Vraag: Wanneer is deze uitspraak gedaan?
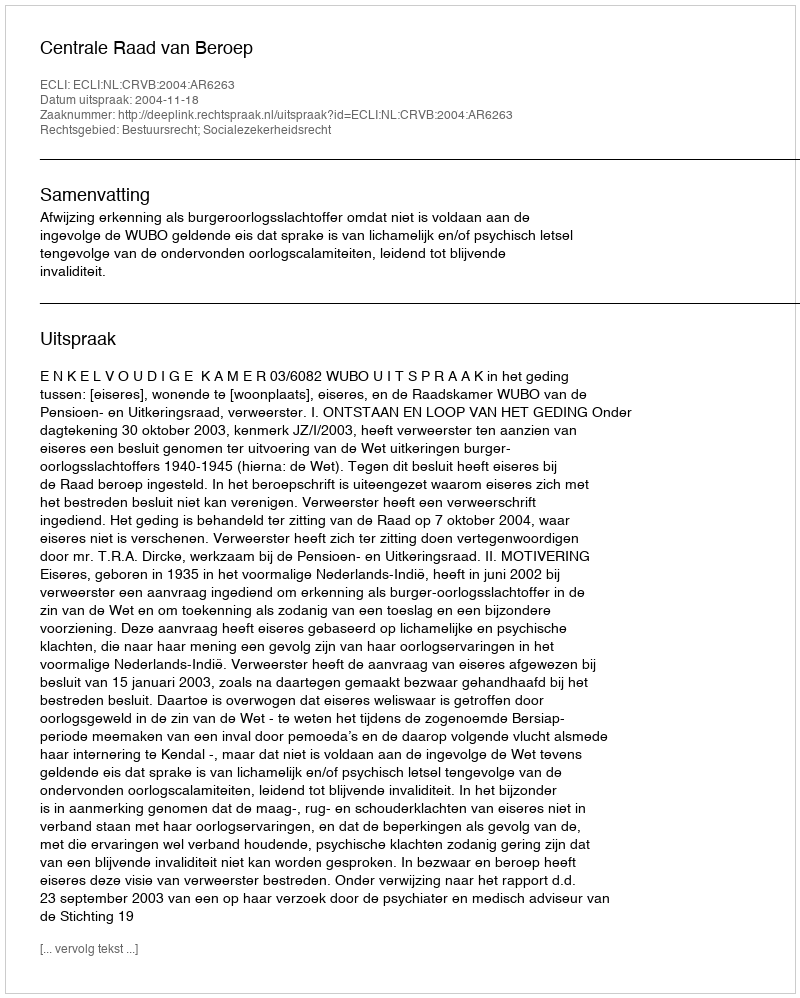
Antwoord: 2004-11-18